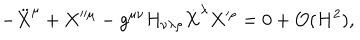
- \ddot { X } ^ { \mu } + X ^ { \prime \prime \mu } - g ^ { \mu \nu } H _ { \nu \lambda \rho } \dot { X } ^ { \lambda } X ^ { \prime \rho } = 0 + { \cal O } ( H ^ { 2 } ) ,